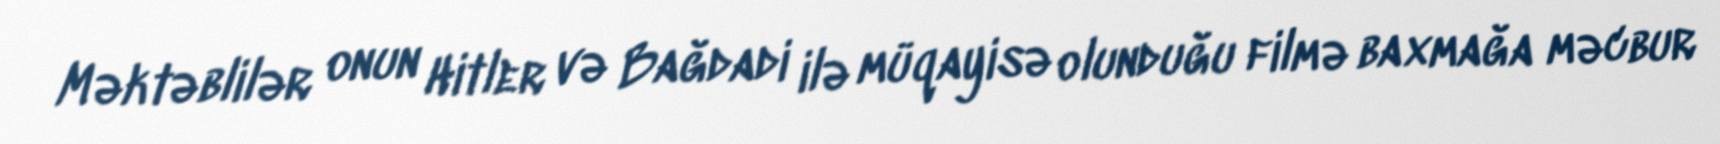
Məktəblilər onun Hitler və Bağdadi ilə müqayisə olunduğu filmə baxmağa məcbur